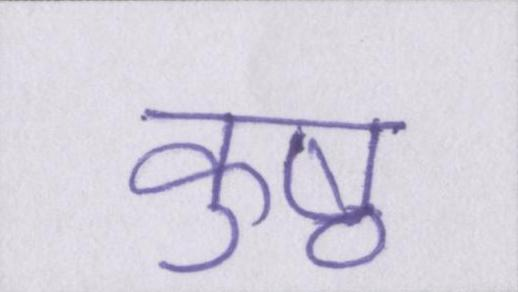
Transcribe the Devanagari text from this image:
कुष्ठ